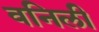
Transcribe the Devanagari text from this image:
वनिली